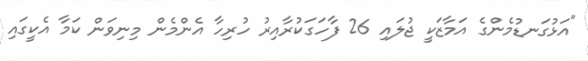
"އަޅުގަނޑުމެންގެ އަމާޒަކީ ޖުލައި 26 ފާހަގަކުރާއިރު ހުރިހާ އެންމެން މިނިވަން ކަމާ އެކީގައި